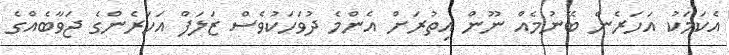
އެކަމަކު އަހަރެން ބޭނުމެއް ނޫން އިތުރަށް އެންމެ ދުވަހަކުވެސް ޒަލަފް އަހަރެންގެ ޖަވާބެއްގެ